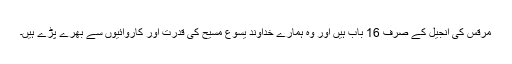
مرقس کی انجیل کے صرف 16 باب ہیں اور وہ ہمارے خُداوند یسوع مسیح کی قدرت اور کاروائیوں سے بھرے پڑے ہیں۔